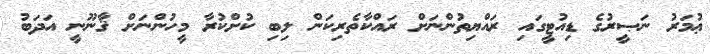
ޢުމަރު ނަޞީރުގެ ޑިއުޓީގައި ރައްޔިތުންނަށް ރައްކާތެރިކަން ލިބި ކުށްކުރާ މީހުންނަށް ޤާނޫނީ އަދަބު